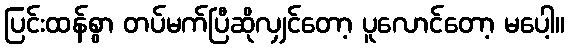
ပြင်းထန်စွာ တပ်မက်ပြီဆိုလျှင်တော့ ပူလောင်တော့ မပေါ့။